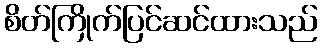
စိတ်ကြိုက်ပြင်ဆင်ထားသည်